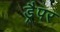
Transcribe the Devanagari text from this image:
ड्रैपर